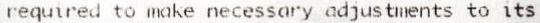
REQUIRED TO MAKE NECESSARY ADJUSTMENTS TO ITS